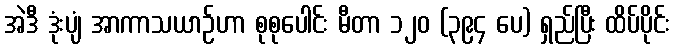
အဲဒီ ဒုံးပျံ အာကာသယာဉ်ဟာ စုစုပေါင်း မီတာ ၁၂၀ (၃၉၄ ပေ) ရှည်ပြီး ထိပ်ပိုင်း